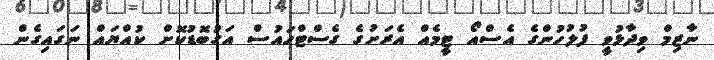
ނާޒިމް ވިދާޅުވީ ފުލުހުންގެ އެސްއޯ ޓީމެއް އެރަށުގެ ގެސްޓްހައުސް އަގުބޮޑުކޮށް ކުއްޔައް ނަގައިގެން